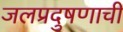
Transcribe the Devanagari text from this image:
जलप्रदुषणाची